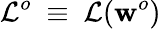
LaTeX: \mathcal{L}^{o}~\equiv~\mathcal{L}(\mathbf{w}^{o})